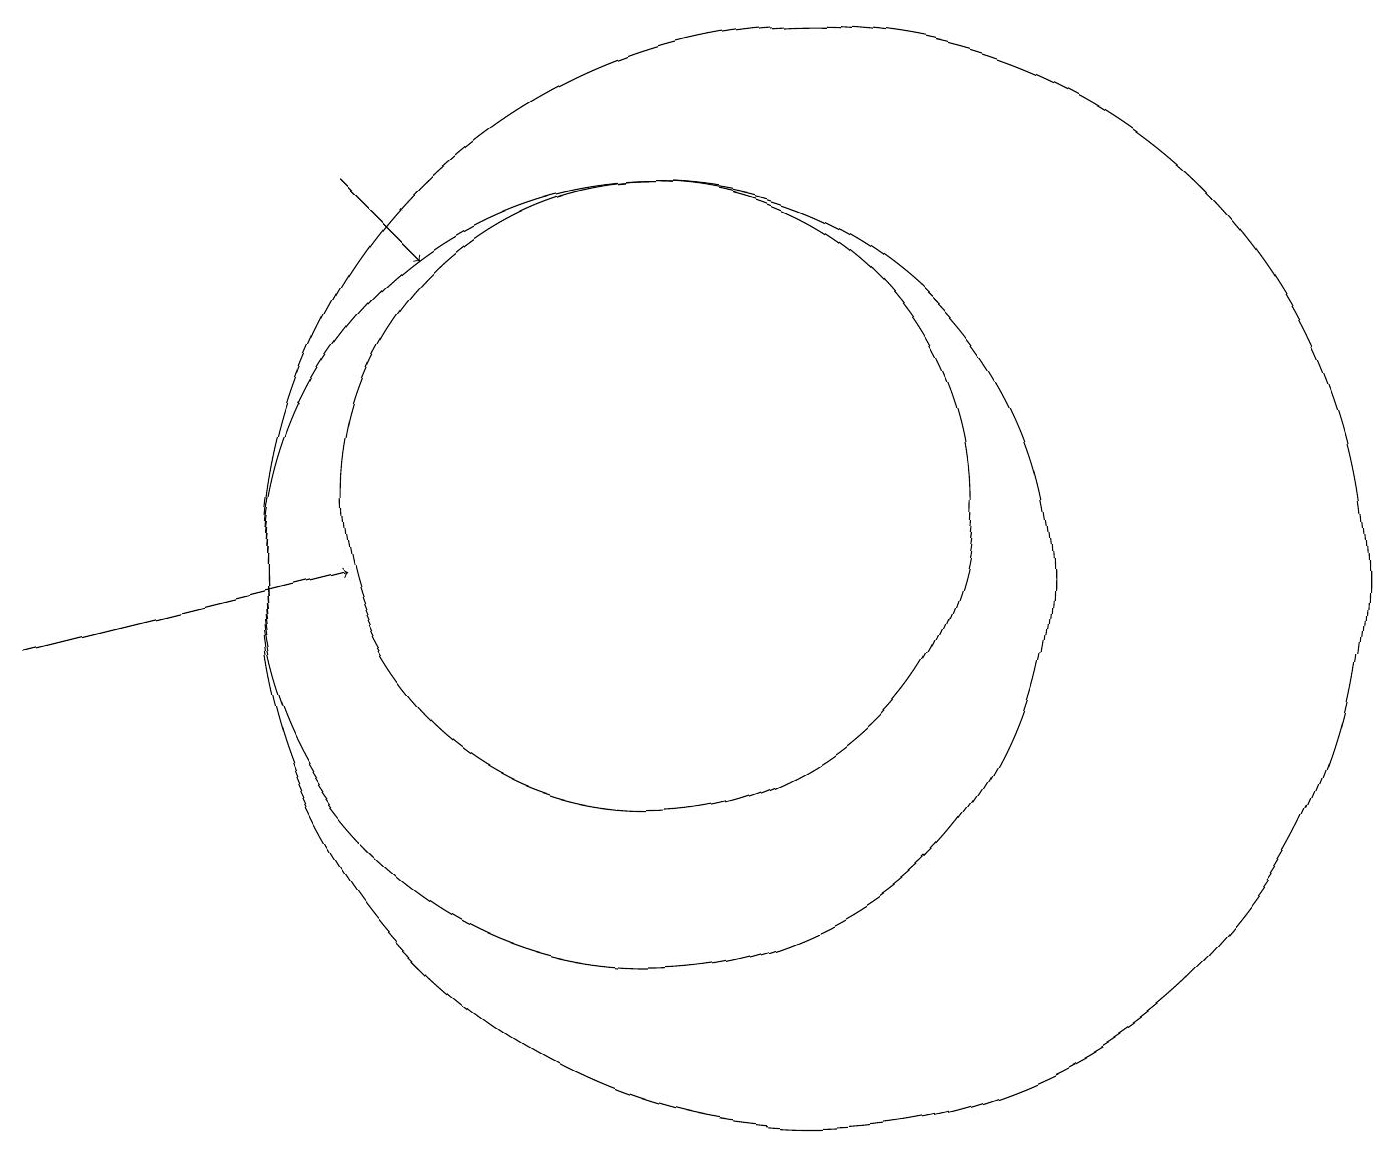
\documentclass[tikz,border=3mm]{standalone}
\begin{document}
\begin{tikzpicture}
\draw[->] (2,10) -- (6,11);
\draw (10,11) circle (5);
\draw (12,11) circle (7);
\draw[->] (6,16) -- (7,15);
\draw (10,12) circle (4);
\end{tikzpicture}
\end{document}